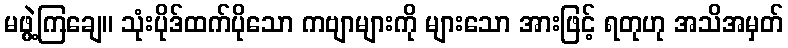
မဖွဲ့ကြချေ။ သုံးပိုဒ်ထက်ပိုသော ကဗျာများကို များသော အားဖြင့် ရတုဟု အသိအမှတ်